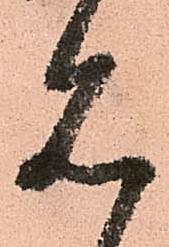
見